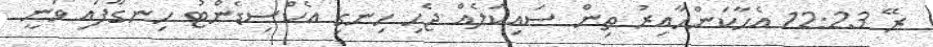
ރޭ 12:23 އެހާކަންހާއިރު ތިން ސައިކަލެއް ޖެހި ހިނގި އެކްސިޑެންޓު ހިނގާފައި ވަނީ